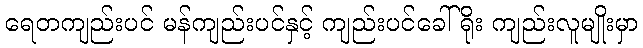
ရေတကျည်းပင် မန်ကျည်းပင်နှင့် ကျည်းပင်ခေါ်ရိုး ကျည်းလူမျိုးမှာ